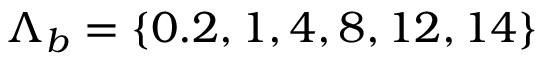
{ \Lambda } _ { b } = \{ 0 . 2 , 1 , 4 , 8 , 1 2 , 1 4 \}